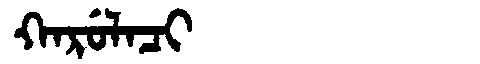
Manchu: ᡴᠠᡵᡠᠯᠠᠴᡳ
Romanization: KARULACI